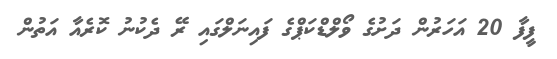
ފީފާ 20 އަހަރުން ދަށުގެ ވޯލްޑްކަޕްގެ ފައިނަލްގައި ރޭ ދެކުނު ކޮރެއާ އަތުން